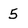
Character: 5